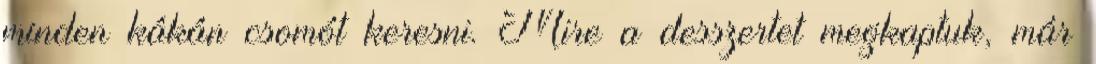
minden kákán csomót keresni. Mire a desszertet megkaptuk, már